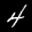
Label: 4